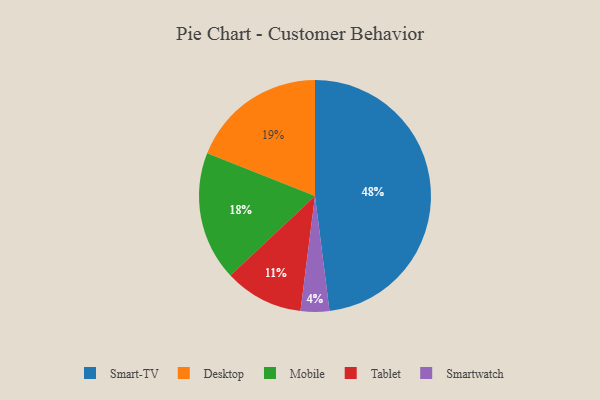
{"axis": {"x": "Category", "y": "Percentage"}, "legend": ["Desktop", "Mobile", "Smart-TV", "Smartwatch", "Tablet"], "data": [{"x": "Desktop", "y": 19, "type": "Desktop"}, {"x": "Smart-TV", "y": 48, "type": "Smart-TV"}, {"x": "Mobile", "y": 18, "type": "Mobile"}, {"x": "Tablet", "y": 11, "type": "Tablet"}, {"x": "Smartwatch", "y": 4, "type": "Smartwatch"}]}